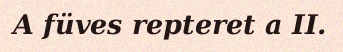
A füves repteret a II.